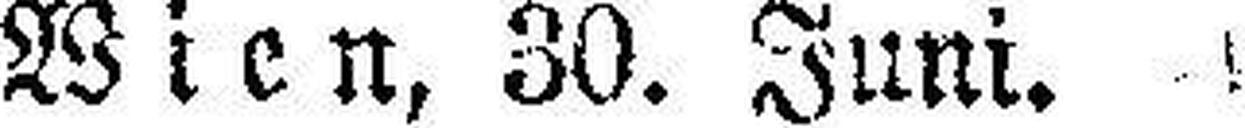
Wien, 30. Juni.